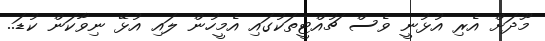
މޫދަށް އެރި އުޅުނީ ވެސް ޗުއްޓީތަކުގައި އެމީހުން ލައި އުޅޭ ނިވާކަން ކުޑަ..